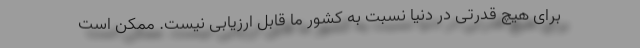
برای هیچ قدرتی در دنیا نسبت به کشور ما قابل ارزیابی نیست. ممکن است